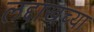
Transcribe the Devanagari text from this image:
लद्दाखच्या